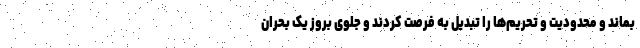
بماند و محدودیت و تحریم‌ها را تبدیل به فرصت کردند و جلوی بروز یک بحران